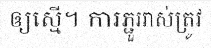
ឲ្យស្មើ។ ការភ្ជួររាស់ត្រូវ